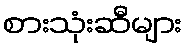
စားသုံးဆီများ